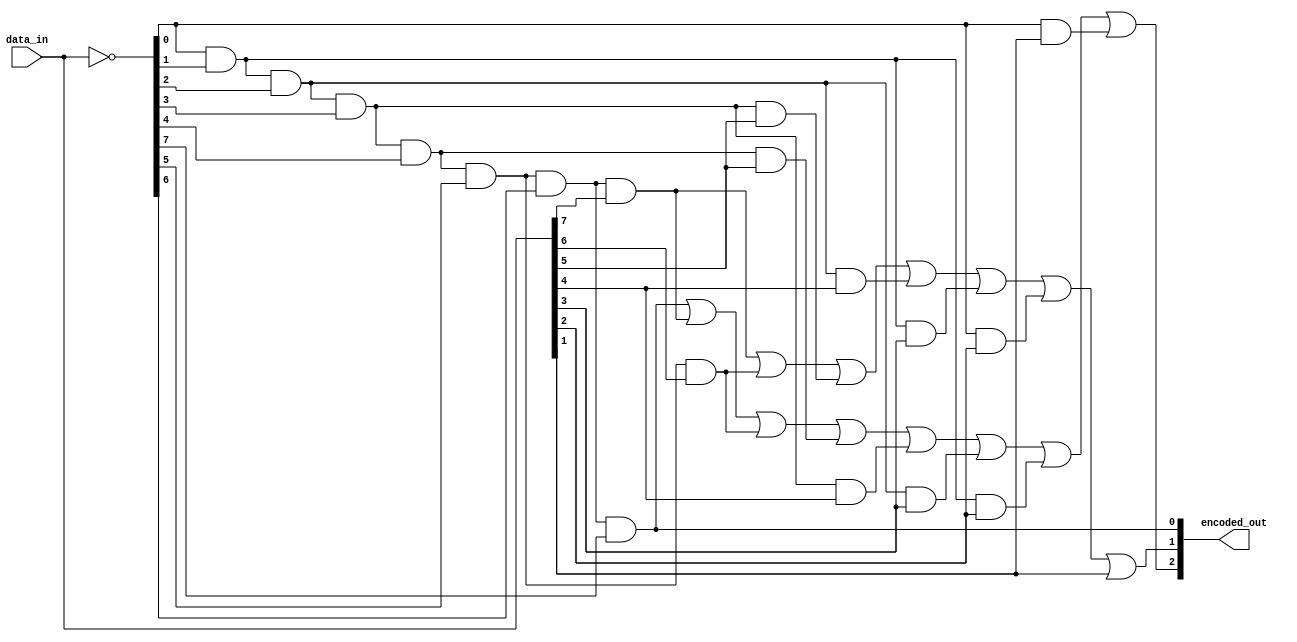
module encoder_8x3_gate_level (
    input [7:0] data_in,
    output reg [2:0] encoded_out
);

// Intermediate wire to simplify expressions
wire [7:0] inv_data;

// Assign the inverted data_in
assign inv_data = ~data_in;

// Priority encoder logic for encoded_out[0]
assign encoded_out[0] = inv_data[0] & inv_data[1] & inv_data[2] & inv_data[3] & inv_data[4] & inv_data[5] & inv_data[6] & inv_data[7];

// Priority encoder logic for encoded_out[1]
assign encoded_out[1] = (inv_data[0] & inv_data[1] & inv_data[2] & inv_data[3] & inv_data[4] & inv_data[5] & inv_data[6] & data_in[7]) |
                        (inv_data[0] & inv_data[1] & inv_data[2] & inv_data[3] & inv_data[4] & inv_data[5] & data_in[6]) |
                        (inv_data[0] & inv_data[1] & inv_data[2] & inv_data[3] & data_in[5]) |
                        (inv_data[0] & inv_data[1] & inv_data[2] & data_in[4]) |
                        (inv_data[0] & inv_data[1] & data_in[3]) |
                        (inv_data[0] & data_in[2]) |
                        (data_in[1]);

// Priority encoder logic for encoded_out[2]
assign encoded_out[2] = (inv_data[0] & inv_data[1] & inv_data[2] & inv_data[3] & inv_data[4] & inv_data[5] & inv_data[6] & inv_data[7]) |
                        (inv_data[0] & inv_data[1] & inv_data[2] & inv_data[3] & inv_data[4] & inv_data[5] & inv_data[6] & data_in[7]) |
                        (inv_data[0] & inv_data[1] & inv_data[2] & inv_data[3] & inv_data[4] & inv_data[5] & data_in[6]) |
                        (inv_data[0] & inv_data[1] & inv_data[2] & inv_data[3] & inv_data[4] & data_in[5]) |
                        (inv_data[0] & inv_data[1] & inv_data[2] & inv_data[3] & data_in[4]) |
                        (inv_data[0] & inv_data[1] & inv_data[2] & data_in[3]) |
                        (inv_data[0] & inv_data[1] & data_in[2]) |
                        (inv_data[0] & data_in[1]);

endmodule